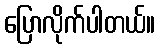
ပြောလိုက်ပါတယ်။